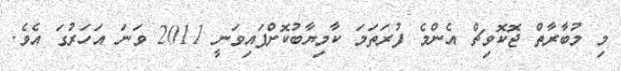
މި މުބާރާތް ޖޮކޮވިޗް އެންމެ ފުރަތަމަ ކާމިޔާބުކޮށްފައިވަނީ 2011 ވަނަ އަހަރުގަ އެވެ.